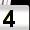
Digit: 4